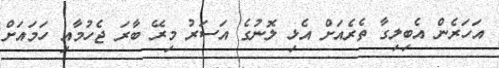
އަހަރެން އެބިލިގާ ތެރެއަށް އެޅި ލޮނުގެ އަސަރު މިރޭ ބާރަ ޖެހުމާއި ހަމައަށް